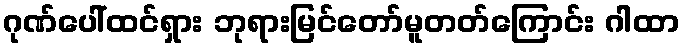
ဂုဏ်ပေါ်ထင်ရှား ဘုရားမြင်တော်မူတတ်ကြောင်း ဂါထာ